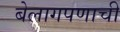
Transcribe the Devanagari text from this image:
बेलागपणाची